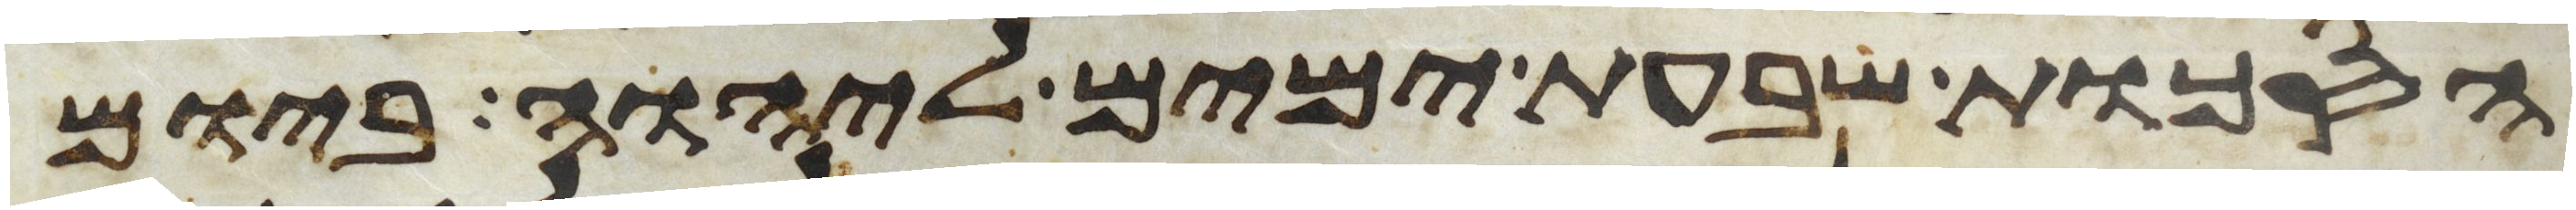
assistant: הסכות שבעת ימים ליהוה ביום